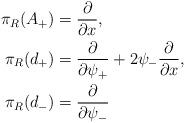
LaTeX: \begin{align*} \pi_R(A_+) &= \frac{\partial}{\partial x}, \\ \pi_R(d_+) &= \frac{\partial}{\partial \psi_+} + 2 \psi_- \frac{\partial}{\partial x}, \\ \pi_R(d_-) &= \frac{\partial}{\partial \psi_-}\end{align*}